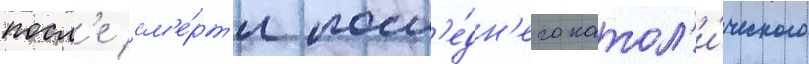
посл'е см'е́рт'и посл'е́дн'его катол'и́ческого